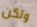
ولكن